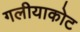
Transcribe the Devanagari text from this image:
गलीयाकोट